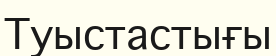
Туыстастығы